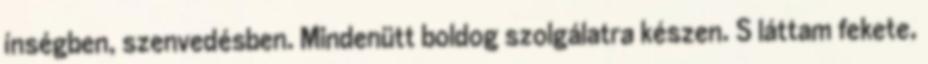
ínségben, szenvedésben. Mindenütt boldog szolgálatra készen. S láttam fekete,